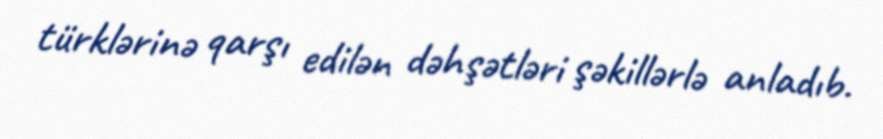
türklərinə qarşı edilən dəhşətləri şəkillərlə anladıb.